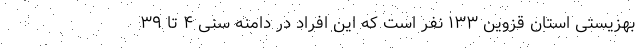
بهزیستی استان قزوین ۱۳۳ نفر است که این افراد در دامنه سنی ۴ تا ۳۹